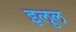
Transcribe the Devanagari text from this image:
इलुल